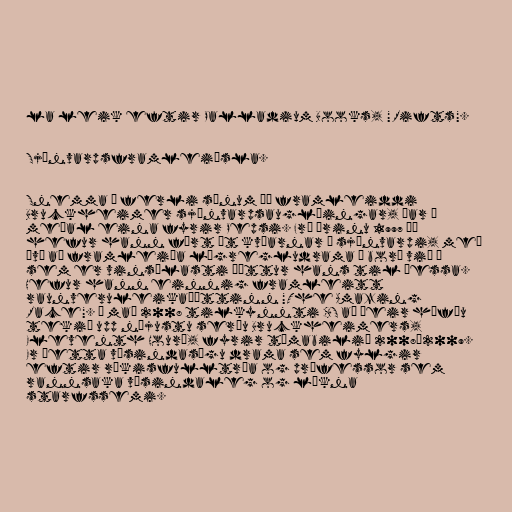
la leik eftir Palladium Books, "Rifts".

Sjónvarpsframleiðsla.

Snemma á ferli sínum þá framleiddi
Bruckheimer sjónvarpsauglýingar, þar á
meðal eina fyrir Pepsi. Frá árinu 1997 þá
hefur hann fært út kvíarnar í sjónvarpi, með
því að framleiða lögregludrama á borð við '
sem er vinsælasti þáttur hans til þessa.
Hefur hann einnig framleitt
raunveruleikaþáttinn "The Amazing
Race". Í maí 2008 tilkynnti CBS að þeir höfðu
tekið upp nýjustu seríu Bruckheimers,
Eleventh Hour', fyrir tímabilið 2008–2009.
Er þetta vísindasögu drama sem fylgir
eftir ríkisfulltrúa og prófessor sem
rannsaka vísindaleg og lækna
starfssemi.